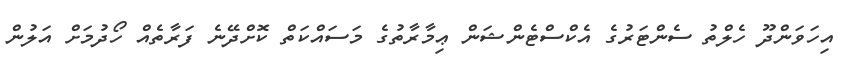
އިހަވަންދޫ ހެލްތު ސެންޓަރުގެ އެކްސްޓެންޝަން ޢިމާރާތުގެ މަސައްކަތް ކޮށްދޭނެ ފަރާތެއް ހޯދުމަށް އަލުން